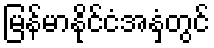
မြန်မာနိုင်ငံအနှံ့တွင်